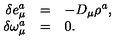
\begin{array} { r c l } { \delta e _ { \mu } ^ { a } } & { = } & { - D _ { \mu } \rho ^ { a } , } \\ { \delta \omega _ { \mu } ^ { a } } & { = } & { 0 . } \\ \end{array}